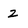
Character: 2